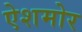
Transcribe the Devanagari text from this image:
ऐशमोर